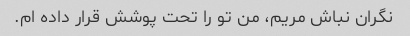
نگران نباش مریم، من تو را تحت پوشش قرار داده ام.